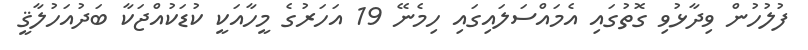
ފުލުހުން ވިދާޅުވި ގޮތުގައި އެމައްސަލައިގައި ހިމެނޭ 19 އަހަރުގެ މީހާއަކީ ކުޑަކުއްޖަކާ ބަދުއަހުލާޤީ